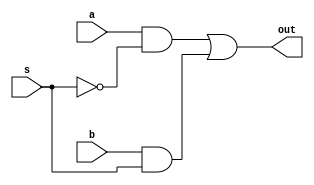
module mux2to1(out,a,b,s);
    input a,b,s;
    output out;
    wire nsel,sela,selb;

    assign nsel =~s;
    assign sela=a&nsel;
    assign selb=b&s;
    assign out=sela|selb;
endmodule